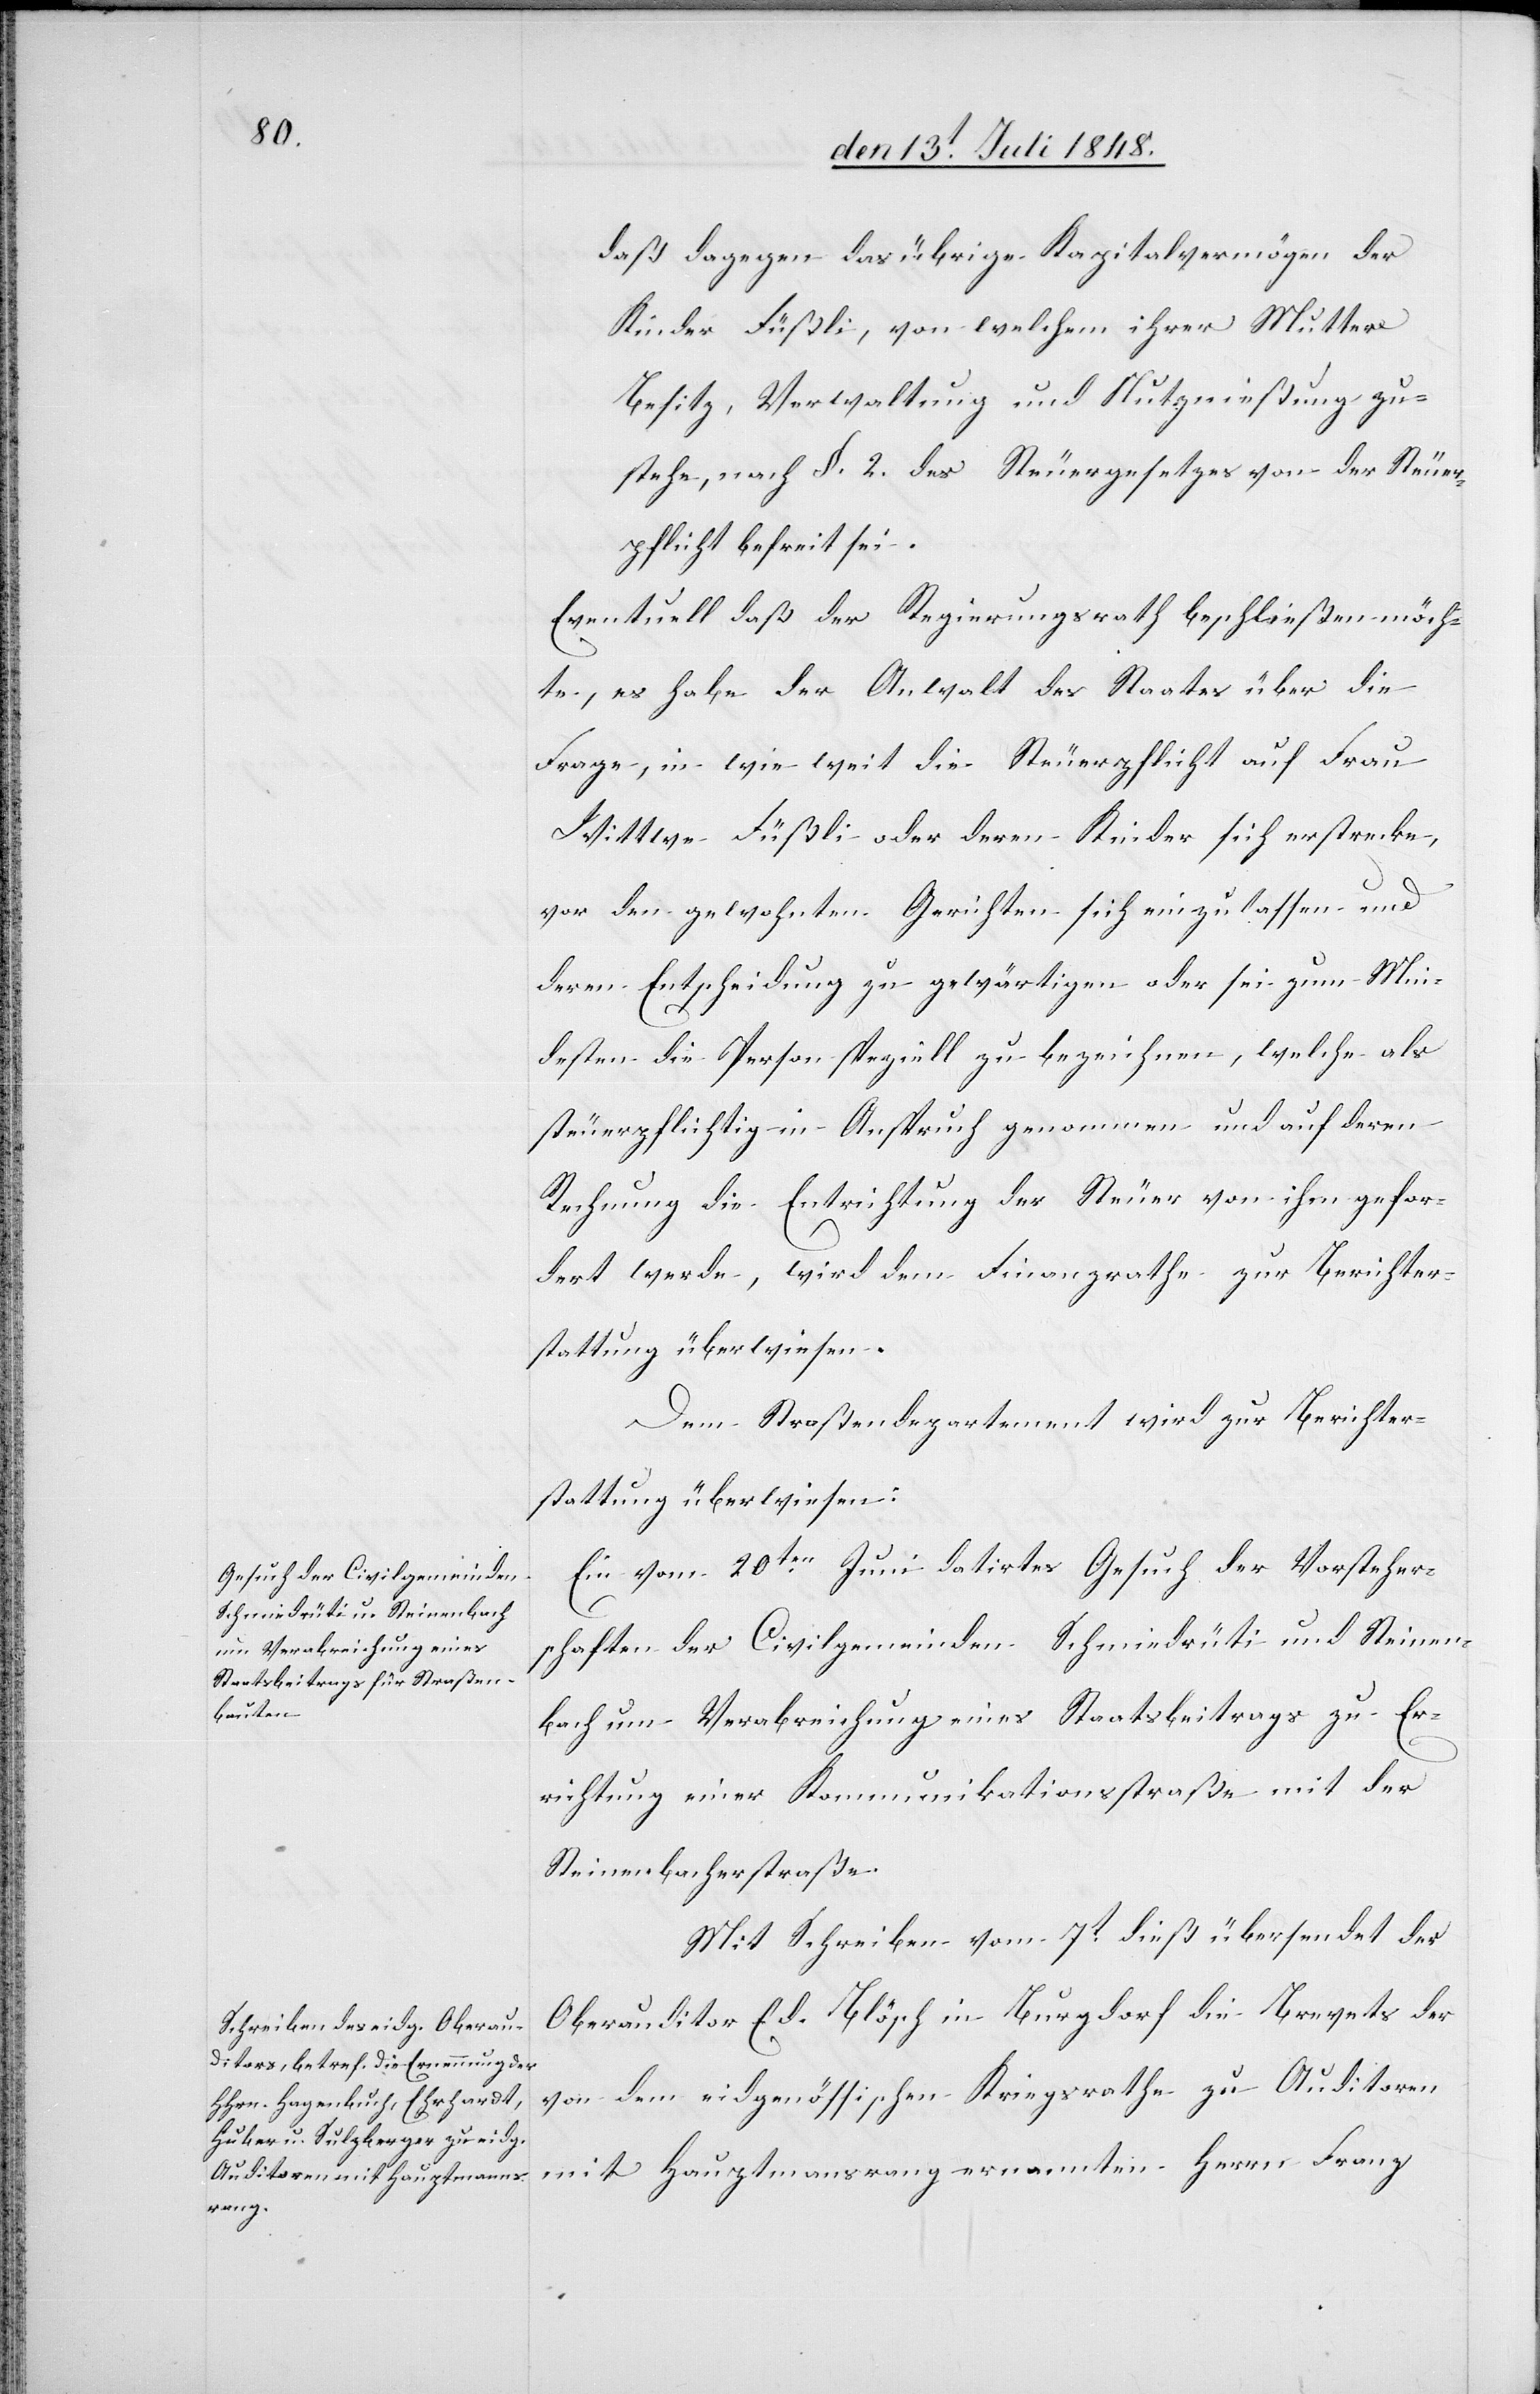
daß dagegen das übrige Kapitalvermögen der
Kinder Füßli, von welchem ihrer Mutter
Besitz, Verwaltung und Nutzgenießung zu¬
stehe, nach §. 2. des Steuergesetzes von der Steuer¬
pflicht befreit sei.
Eventuell daß der Regierungsrath beschließen möch¬
te, es habe der Anwalt des Staates über die
Frage, in wie weit die Steuerpflicht auf Frau
Wittwe Füßli oder deren Kinder sich erstrecke,
vor den gewohnten Gerichten sich einzulassen und
deren Entscheidung zu gewärtigen oder sei zum Min¬
desten die Person speziell zu bezeichnen, welche als
steuerpflichtige in Anspruch genommen und auf deren
Rechnung die Entrichtung der Steuer von ihm gefor¬
dert werde, wird dem Finanzrathe zur Berichter¬
stattung überwiesen.
Dem Straßendepartement wird zur Berichter¬
stattung überwiesen:
Ein vom 20ten Juni datirtes Gesuch der Vorsteher¬
schaften der Civilgemeinden Schmiedrüti und Steinen¬
bach um Verabreichung eines Staatsbeitrags zu Er¬
richtung einer Kommunikationsstraße mit der
Steinenbachstraße.
Mit Schreiben vom 7t dieß übersendet der
Oberauditor Ed. Blösch in Burgdorf die Brevets der
von dem eidgenössischen Kriegsrathe zu Auditoren
mit Hauptmannsrang ernannten Herrn Franz